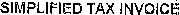
SIMPLIFIED TAX INVOICE